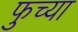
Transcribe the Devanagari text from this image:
फुच्या